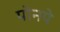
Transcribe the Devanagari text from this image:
पोनपे